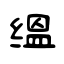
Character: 缊